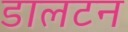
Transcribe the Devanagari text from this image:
डालटन